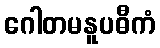
ဂေါတမနူပဓီကံ